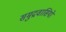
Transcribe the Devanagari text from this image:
समुद्रवासियों